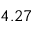
4 . 2 7